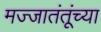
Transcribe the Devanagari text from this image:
मज्जातंतूंच्या